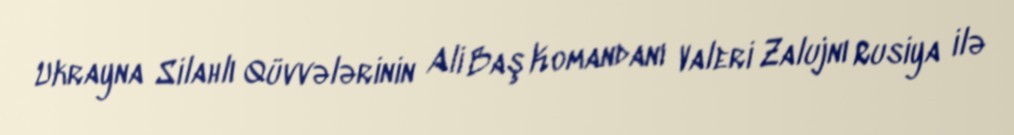
Ukrayna Silahlı Qüvvələrinin Ali Baş Komandanı Valeri Zalujnı Rusiya ilə